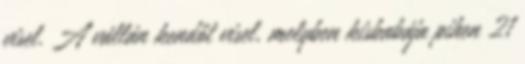
visel. A vállán kendőt visel, melyben kisbabája pihen 21